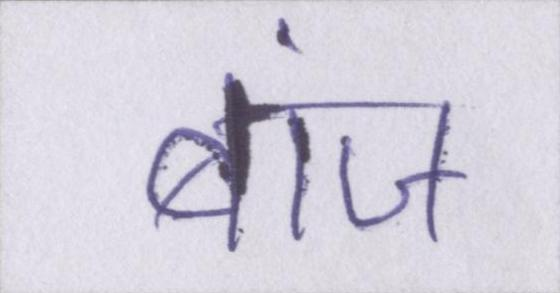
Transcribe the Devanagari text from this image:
बांज